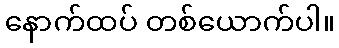
နောက်ထပ် တစ်ယောက်ပါ။